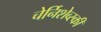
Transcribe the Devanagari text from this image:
चेर्निशेव्स्की